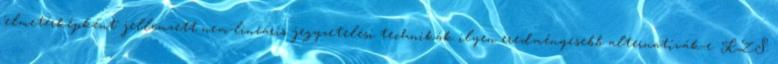
'elmetérképként' jellemzett nem-lineáris jegyzetelési technikák ilyen eredményesebb alternatívák-e. KZS: